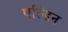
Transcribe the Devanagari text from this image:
एल्डिन